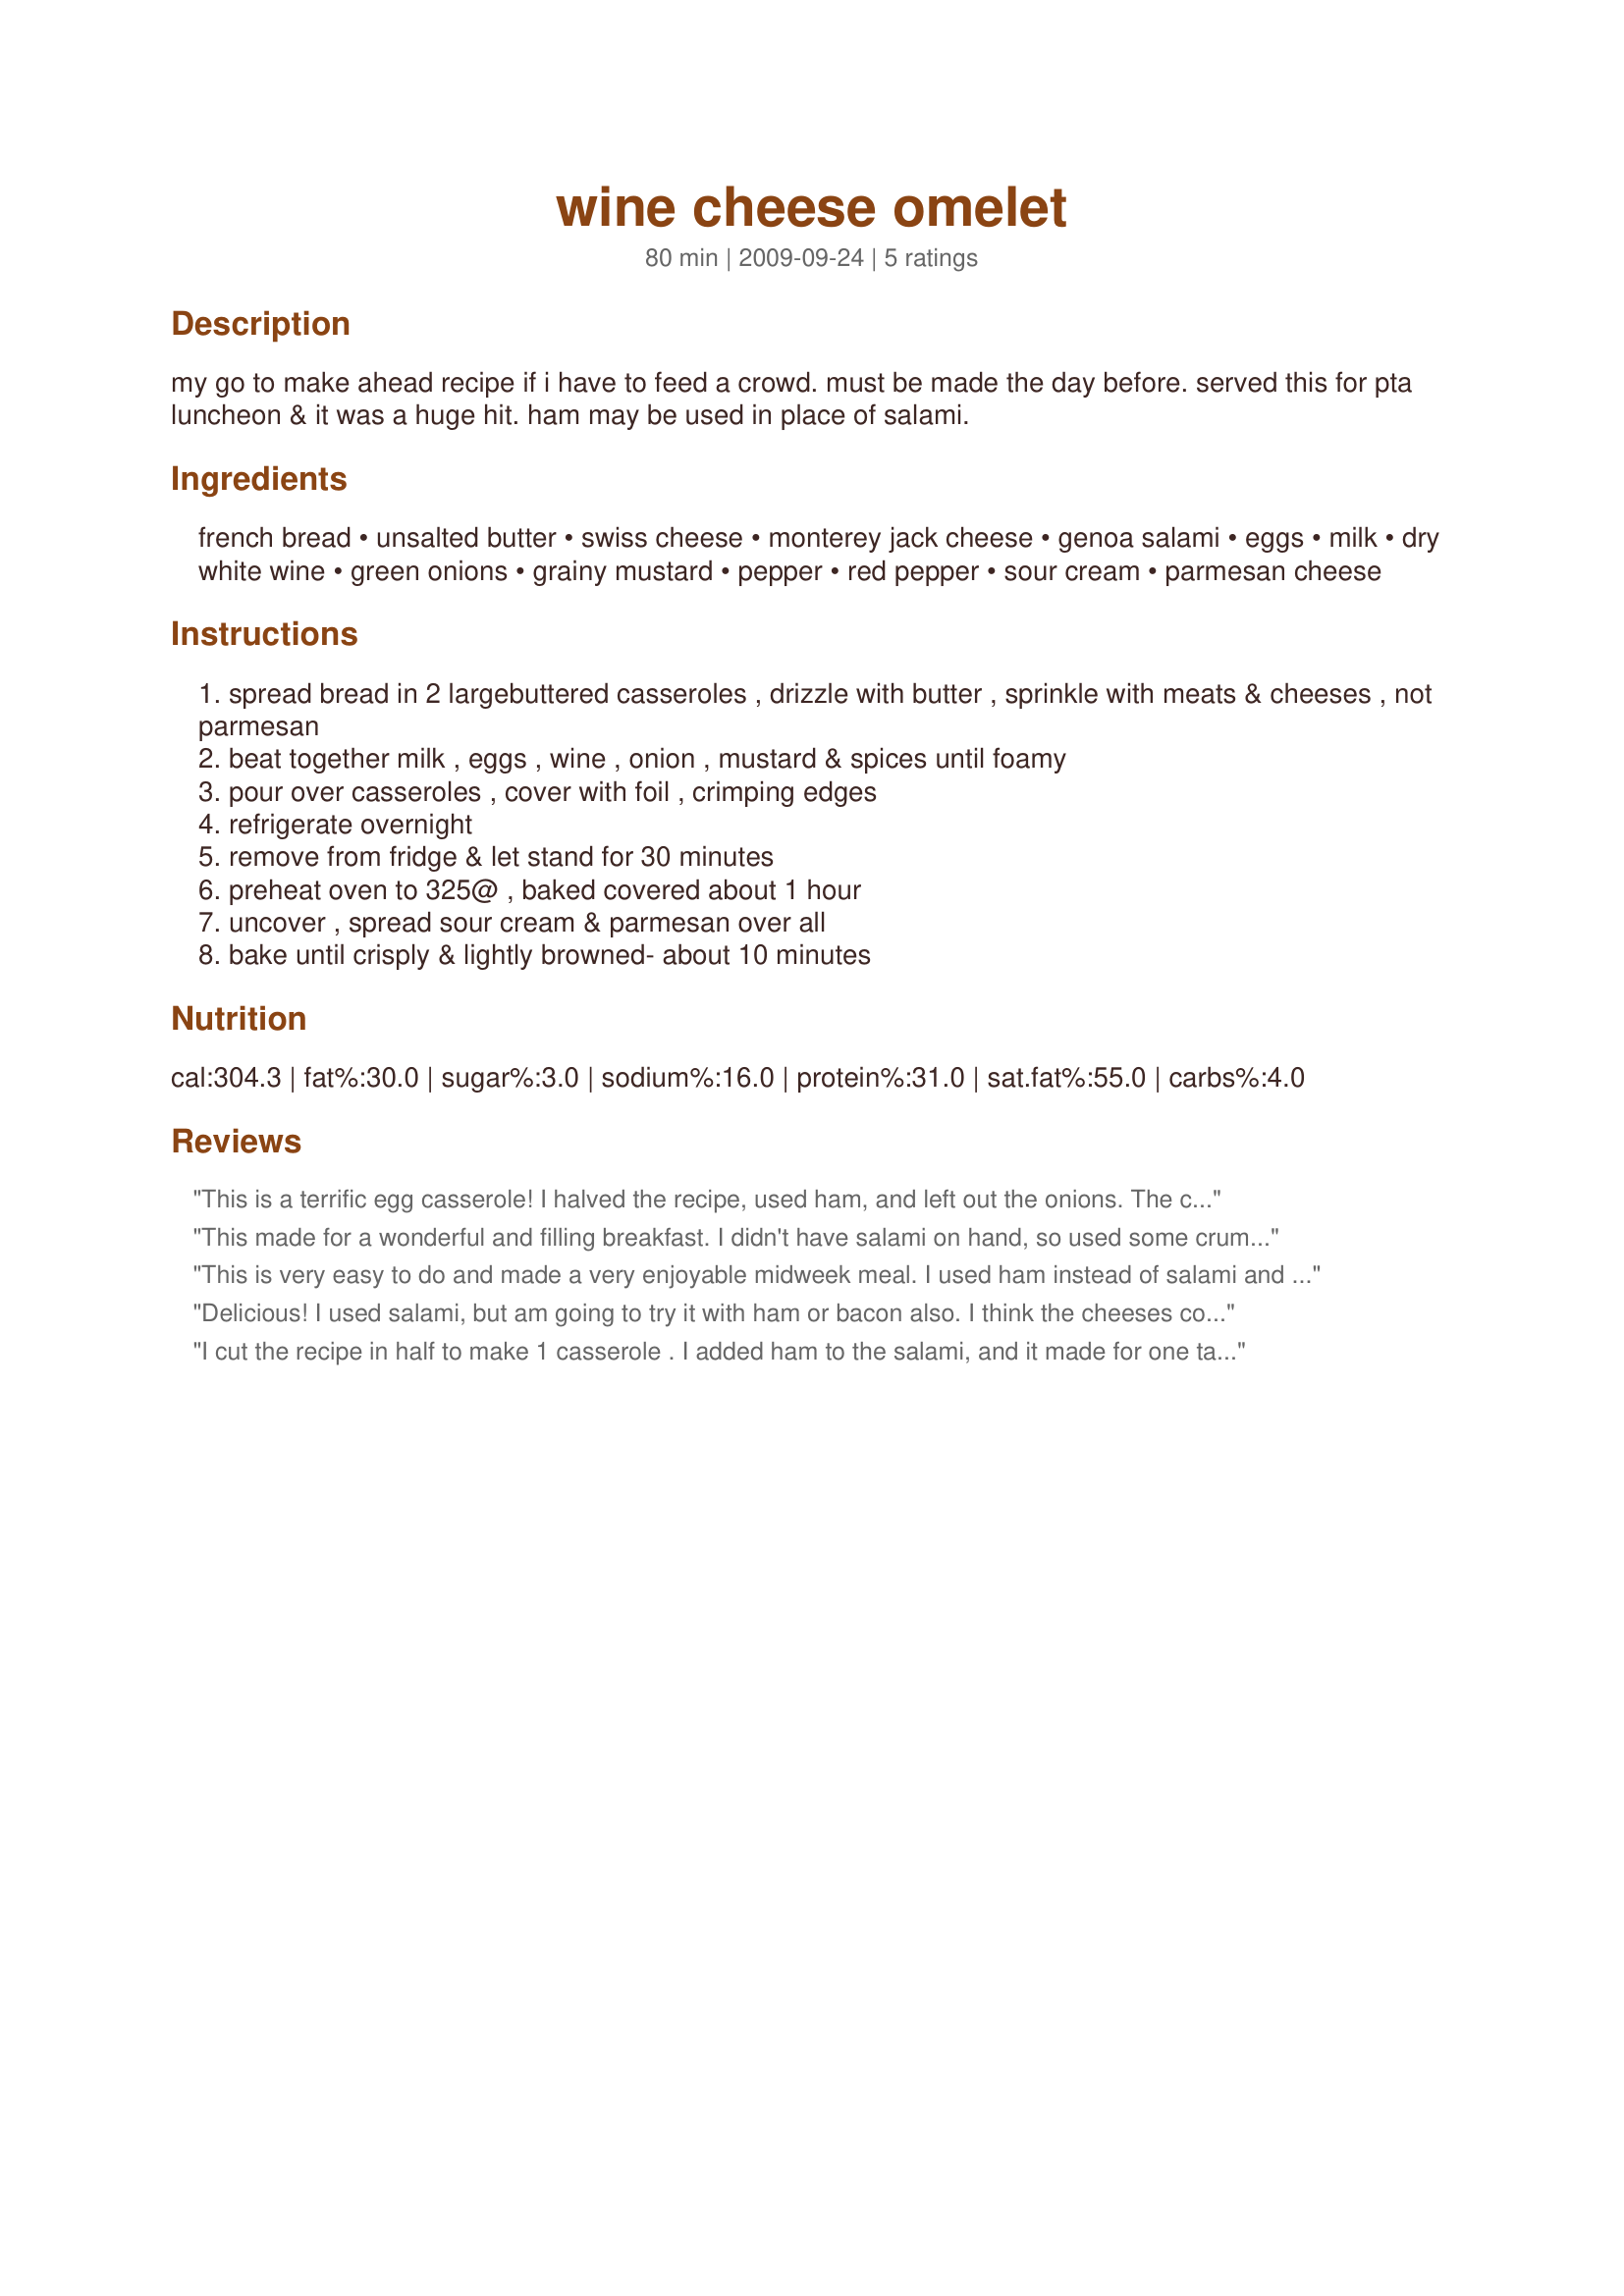
wine cheese omelet
Preparation time: 80 minutes

my go to make ahead recipe if i have to feed a crowd. must be made the day before. served this for pta luncheon & it was a huge hit. ham may be used in place of salami.

Ingredients:
french bread, unsalted butter, swiss cheese, monterey jack cheese, genoa salami, eggs, milk, dry white wine, green onions, grainy mustard, pepper, red pepper, sour cream, parmesan cheese

Steps:
spread bread in 2 largebuttered casseroles , drizzle with butter , sprinkle with meats & cheeses , not parmesan
beat together milk , eggs , wine , onion , mustard & spices until foamy
pour over casseroles , cover with foil , crimping edges
refrigerate overnight
remove from fridge & let stand for 30 minutes
preheat oven to 325@ , baked covered about 1 hour
uncover , spread sour cream & parmesan over all
bake until crisply & lightly browned- about 10 minutes

Reviews:
This is a terrific egg casserole! I halved the recipe, used ham, and left out the onions. The casserole baked up nice and fluffy and the sour cream/parmesan topping really made this dish. Loved it - thanks for posting this winner!
This made for a wonderful and filling breakfast. I didn't have salami on hand, so used some crumbled bacon and also used sweet onion minced in place of green onion, otherwise made as written. I did scale it back to 2 servings but this would be great to make for a crowd!!! Thanks for sharing your recipe. Made for Holiday Tag.
This is very easy to do and made a very enjoyable midweek meal. I used ham instead of salami and also diced two tomatoes into it - very tasty indeed.
Delicious! I used salami, but am going to try it with ham or bacon also. I think the cheeses could be varied too. Great flavors and the sour cream is a nice touch. Made for TOP FAVORITES of 2009 COOKBOOKS TAG GAME
I cut the recipe in half to make 1 casserole . I added ham to the salami, and it made for one tasty meal. Made for football pool.
